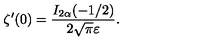
\zeta ^ { \prime } ( 0 ) = \frac { I _ { 2 \alpha } ( - 1 / 2 ) } { 2 \sqrt \pi \varepsilon } { . }